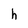
Character: h